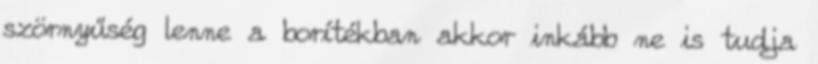
szörnyűség lenne a borítékban akkor inkább ne is tudja